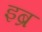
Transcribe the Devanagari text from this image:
इब्र